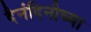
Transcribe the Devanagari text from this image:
दैनंदिनीच्या